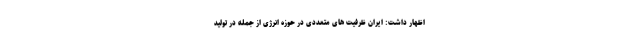
اظهار داشت: ایران ظرفیت های متعددی در حوزه انرژی از جمله در تولید